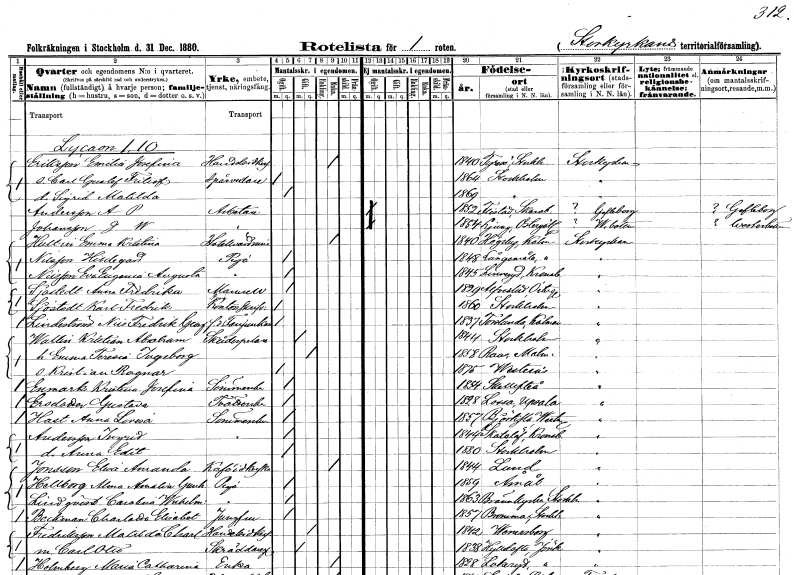
gt_parse: households: individuals: FN: Emilia Josefina
EN: Eriksson
YRKE: Handelsidkerska
KON: K
CIV: E
FODAR: 1840
FODFORS: Tyresö Stockholms län
FN: Carl Gustaf Fritiof
KON: M
CIV: O
FODAR: 1864
FODFORS: Stockholm
FN: Sigrid Matilda
KON: K
CIV: O
FODAR: 1869
FODFORS: Stockholm
FN: A. P.
EN: Andersson
YRKE: Arbetare
KON: M
CIV: O
FODAR: 1852
FODFORS: Flistad Skaraborgs län
FN: J. W.
EN: Johansson
YRKE: Arbetare
KON: M
CIV: O
FODAR: 1854
FODFORS: Ljung Östergötlands län
FN: Emma Kristina
EN: Hultin
YRKE: Hotellvärdinna
KON: K
CIV: E
FODAR: 1840
FODFORS: Högsby Kalmar län
FN: Hildegard
EN: Nilsson
YRKE: Piga
KON: K
CIV: O
FODAR: 1848
FODFORS: Långemåla Kalmar län
FN: Eva Eugenia Augusta
EN: Nilsson
YRKE: Piga
KON: K
CIV: O
FODAR: 1845
FODFORS: Linneryd Kronobergs län
FN: Anna Fredrika
EN: Sjöstedt
KON: K
CIV: O
FODAR: 1829
FODFORS: Alvesta Kronobergs län
FN: Karl Fredrik
EN: Sjöstedt
YRKE: Kontorsskrivare
KON: M
CIV: O
FODAR: 1860
FODFORS: Stockholm
FN: Nils Fredrik Georg
EN: Lindström
YRKE: Fanjunkare f.d.
KON: M
CIV: O
FODAR: 1837
FODFORS: Torslunda Kalmar län
FN: Kristian Abraham
EN: Wallin
YRKE: Skådespelare
KON: M
CIV: G
FODAR: 1844
FODFORS: Stockholm
FN: Emma Teresia Ingeborg
KON: K
CIV: G
FODAR: 1858
FODFORS: Raus Malmöhus län
FN: Kristian Ragnar
KON: M
CIV: O
FODAR: 1875
FODFORS: Västerås Västmanlands län
FN: Kristina Josefina
EN: Enmark
YRKE: Sömmerska
KON: K
CIV: O
FODAR: 1854
FODFORS: Skellefteå Västerbottens län
FN: Gustava
EN: Ersdotter
YRKE: Tvätterska
KON: K
CIV: O
FODAR: 1828
FODFORS: Lossa Stockholms län
FN: Anna Lovisa
EN: Hast
YRKE: Sömmerska
KON: K
CIV: O
FODAR: 1857
FODFORS: Björksta Västmanlands län
FN: Ingrid
EN: Andersson
YRKE: Sömmerska
KON: K
CIV: O
FODAR: 1844
FODFORS: Skatelöv Kronobergs län
FN: Anna Edit
KON: K
CIV: O
FODAR: 1880
FODFORS: Stockholm
FN: Elsa Amanda
EN: Jonsson
YRKE: Kaféidkerska
KON: K
CIV: E
FODAR: 1844
FODFORS: Lund Malmöhus län
FN: Alma Amalia Gunhilda
EN: Hellberg
YRKE: Piga
KON: K
CIV: O
FODAR: 1859
FODFORS: Åmål Älvsborgs län
FN: Carolina Wilhelmina
EN: Lindqvist
YRKE: Piga
KON: K
CIV: O
FODAR: 1863
FODFORS: Brännkyrka Stockholms län
FN: Charlotta Elisabet
EN: Beckman
YRKE: Jungfru
KON: K
CIV: O
FODAR: 1857
FODFORS: Bromma Stockholms län